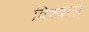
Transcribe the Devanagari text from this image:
विश्वाल